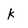
Character: K